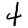
Digit: 4